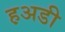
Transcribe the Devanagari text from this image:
ह़अडी